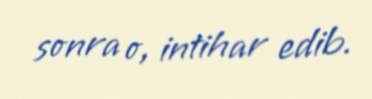
sonra o, intihar edib.